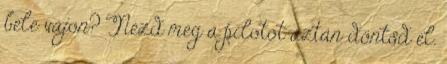
bele vajon? Nézd meg a pilotot aztán döntsd el.